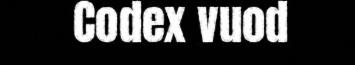
Codex vuod